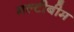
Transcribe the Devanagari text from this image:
मल्टीबीम